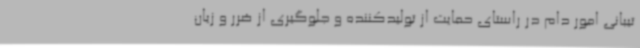
تیبانی امور دام در راستای حمایت از تولیدکننده و جلوگیری از ضرر و زیان